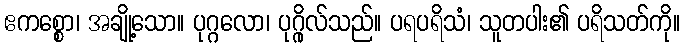
ဧကစ္စော၊ အချို့သော။ ပုဂ္ဂလော၊ ပုဂ္ဂိုလ်သည်။ ပရပရိသံ၊ သူတပါး၏ ပရိသတ်ကို။